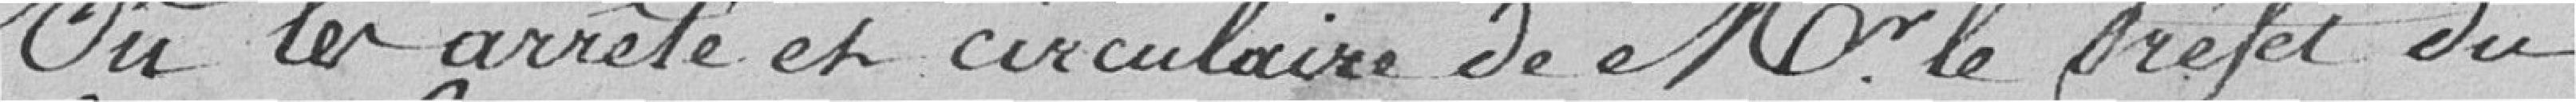
Vu l'arrêté et circulaire de Monsieur le Préfet du